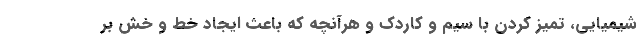
شیمیایی، تمیز کردن با سیم و کاردک و هرآنچه که باعث ایجاد خط و خش بر